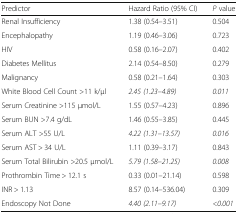
| Predictor | Hazard Ratio (95% CI) | P value |
 | --- | --- | --- |
 | Renal Insufficiency | 1.38 (0.54–3.51) | 0.504 |
 | Encephalopathy | 1.19 (0.46–3.06) | 0.723 |
 | HIV | 0.58 (0.16–2.07) | 0.402 |
 | Diabetes Mellitus | 2.14 (0.54–8.50) | 0.279 |
 | Malignancy | 0.58 (0.21–1.64) | 0.303 |
 | White Blood Cell Count >11 k/μl | 2.45 (1.23–4.89) | 0.011 |
 | Serum Creatinine >115 μmol/L | 1.55 (0.57–4.23) | 0.896 |
 | Serum BUN >7.4 g/dL | 1.46 (0.55–3.85) | 0.445 |
 | Serum ALT >55 U/L | 4.22 (1.31–13.57) | 0.016 |
 | Serum AST > 34 U/L | 1.11 (0.39–3.17) | 0.843 |
 | Serum Total Bilirubin >20.5 μmol/L | 5.79 (1.58–21.25) | 0.008 |
 | Prothrombin Time > 12.1 s | 0.33 (0.01–21.14) | 0.598 |
 | INR > 1.13 | 8.57 (0.14–536.04) | 0.309 |
 | Endoscopy Not Done | 4.40 (2.11–9.17) | <0.001 |